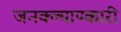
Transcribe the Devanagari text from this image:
जनक्ल्याण्कारी